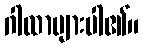
ဂါထာများပါ၏။